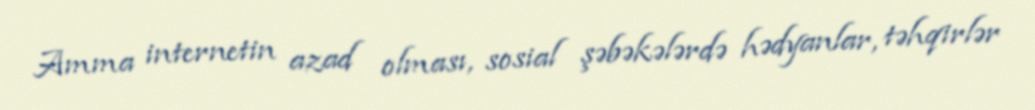
Amma internetin azad olması, sosial şəbəkələrdə hədyanlar, təhqirlər